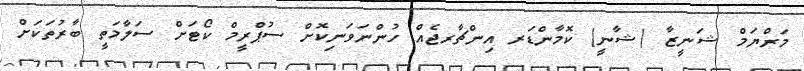
މަރްޔަމް ޝަނީޒާ (ޝާނީ) ކޮމާންޑަރ އިންޗާރޖެއް ހުންނަވަނިކޮށް ސުޕްރީމް ކޯޓަށް ސަލާމަތީ ބާރުތަކަށް